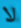
لا